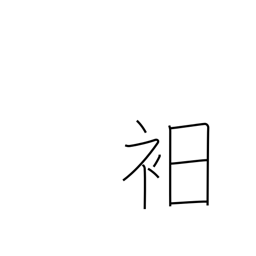
Meaning: underwear